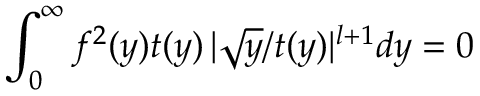
\int _ { 0 } ^ { \infty } f ^ { 2 } ( y ) t ( y ) \, | \sqrt y / t ( y ) | ^ { l + 1 } d y = 0